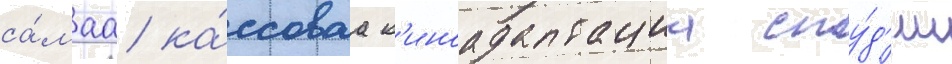
са́маа ка́ссоваа к'иноадаптациа сту́д'ии